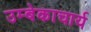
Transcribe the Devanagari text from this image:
उम्बेकाचार्य